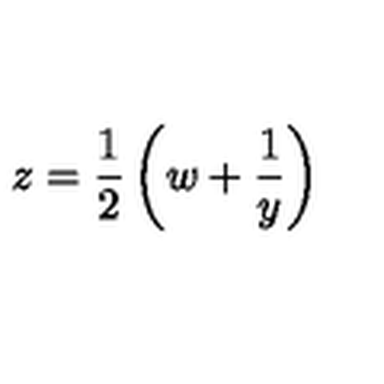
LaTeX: z = \frac { 1 } { 2 } \left( w + \frac { 1 } { y } \right)